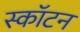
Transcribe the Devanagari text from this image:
स्कॉटन